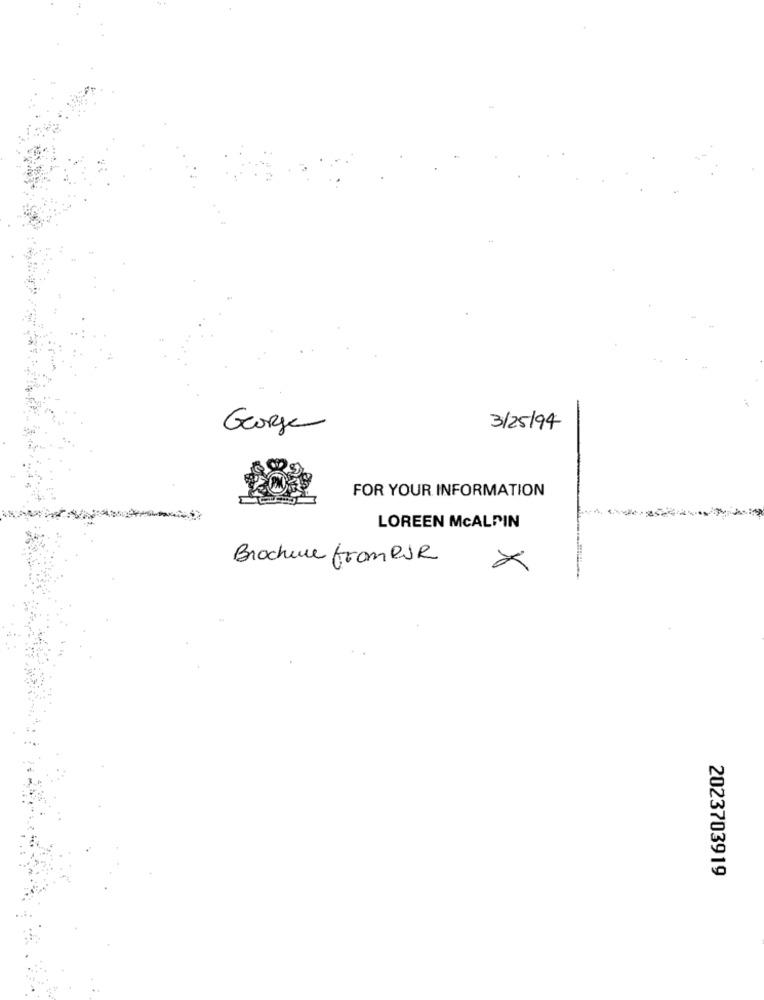
George
3/25/94
FOR YOUR INFORMATION
LOREEN MCALPIN
Brochure fromPOR
2023703919